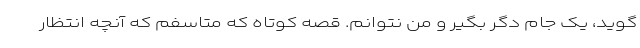
گوید، یک جام دگر بگیر و من نتوانم. قصه کوتاه که متاسفم که آنچه انتظار